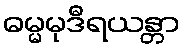
ဓမ္မမုဒီရယန္တာ